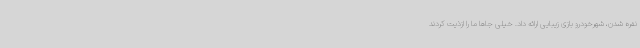
نفره شدن، شهرخودرو بازی زیبایی ارائه داد. خیلی جاها ما را ازذیت کردند